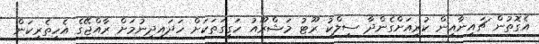
އެގޮތުން ޗައިނާއިން ކުރިއަށްގެންދާ ސިލްކު ރޫޓު މަޝްރޫއު ހަގީގަތަކަށް ހަދައިދިނުމަށް ރާއްޖޭގެ އެހީތެރިކަން